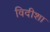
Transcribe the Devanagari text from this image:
विदीशा